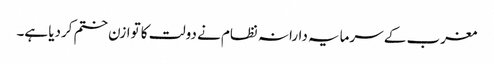
مغرب کے سرمایہ دارانہ نظام نے دولت کا توازن ختم کردیا ہے۔